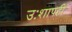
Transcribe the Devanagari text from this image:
उःशापही